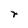
Character: r